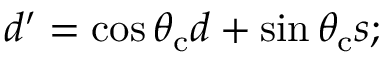
d ^ { \prime } = \cos { \theta _ { \mathrm { c } } } d + \sin { \theta _ { \mathrm { c } } } s ;